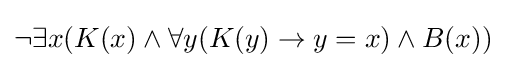
\lnot \exists x(K(x)\land \forall y(K(y)\rightarrow y=x)\land B(x))